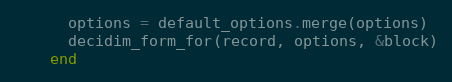
Language: Ruby
      options = default_options.merge(options)
      decidim_form_for(record, options, &block)
    end